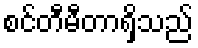
စင်တီမီတာရှိသည်